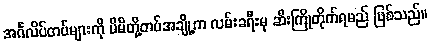
အင်္ဂလိပ်တပ်များကို မိမိတို့တပ်အချို့က လမ်းခရီးမှ ဆီးကြိုတိုက်ရမည် ဖြစ်သည်။